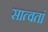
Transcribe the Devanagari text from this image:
सात्वतां